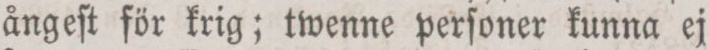
ångeſt för krig; twenne perſoner kunna ej